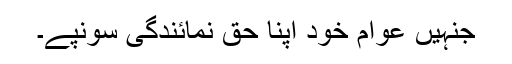
جنہیں عوام خود اپنا حقِ نمائندگی سونپے۔